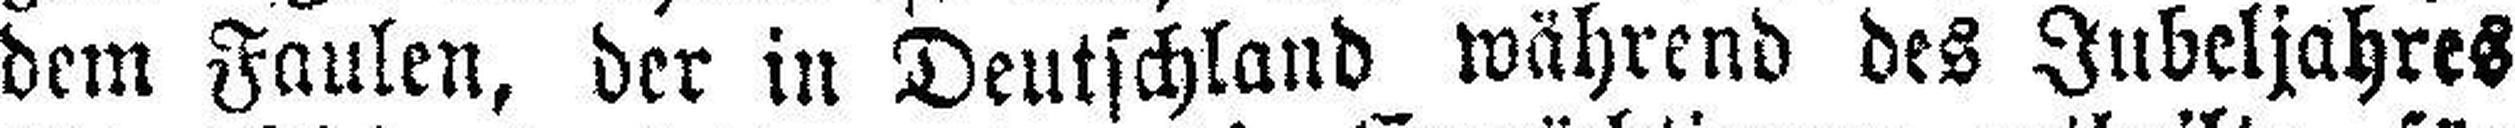
dem Faulen, der in Deutschland während des Jubeljahres